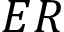
E R